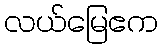
လယ်မြေဧက